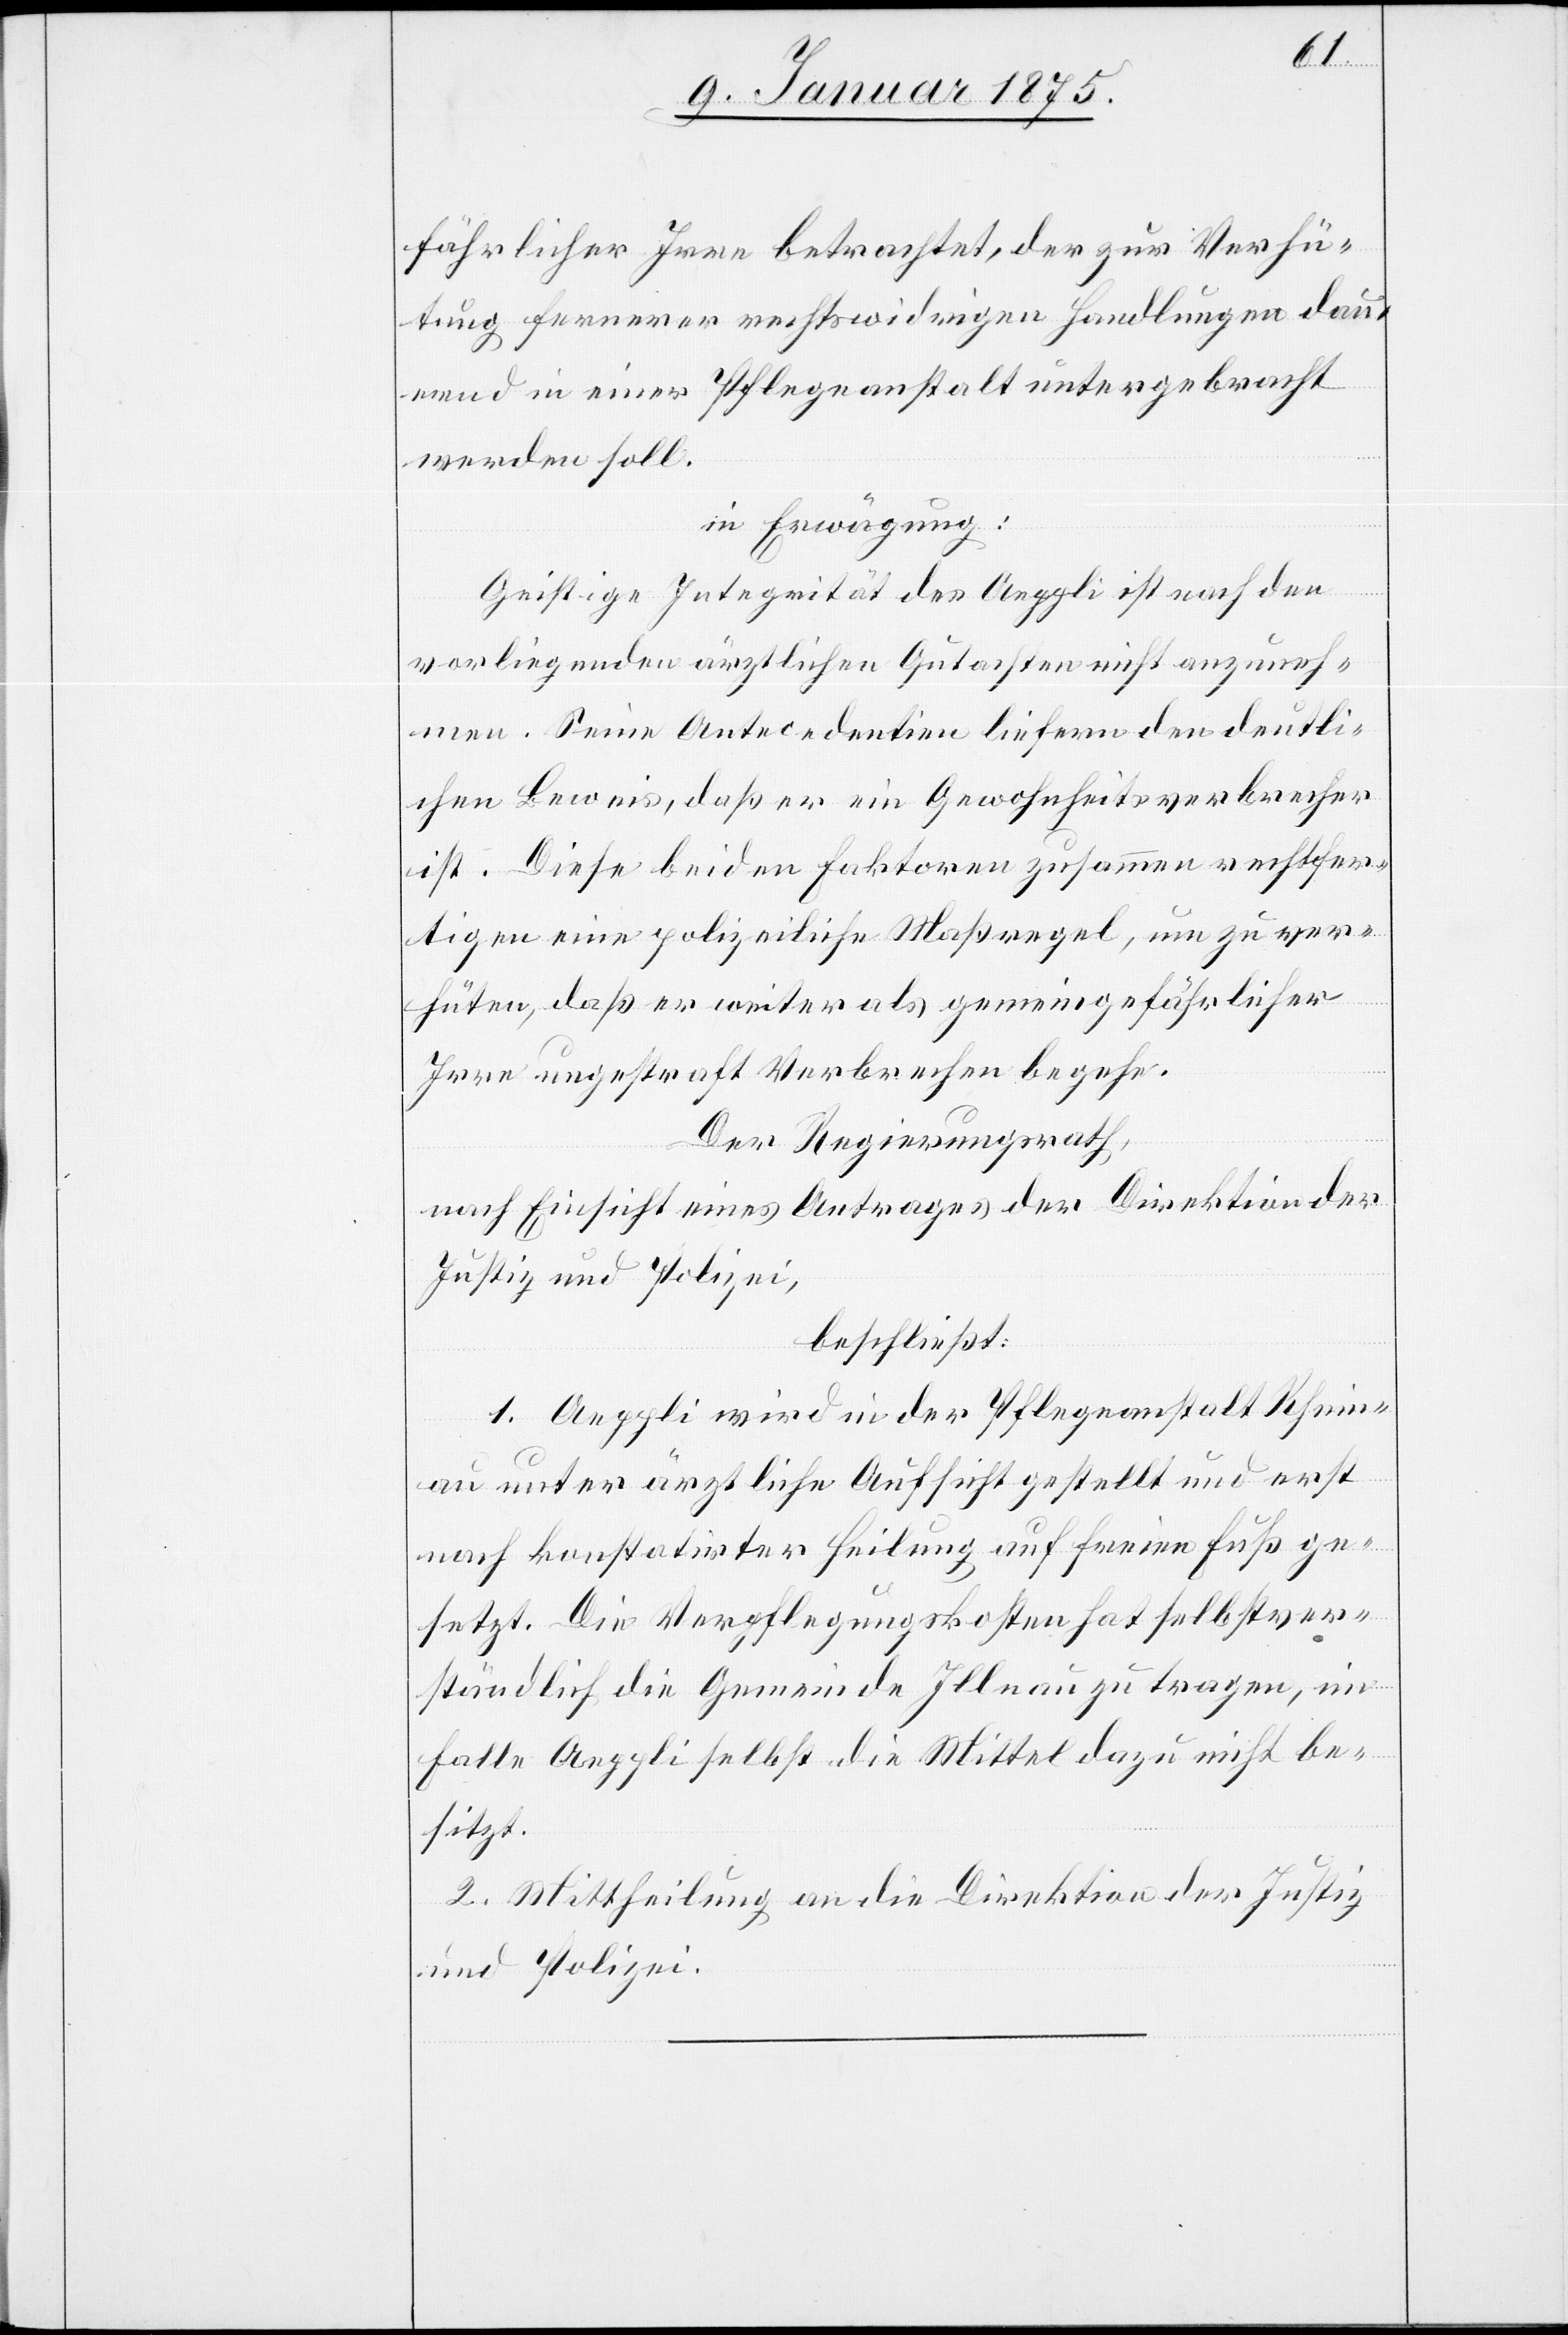
fährlicher Irre betrachtet, der zur Verhü¬
tung fernerer rechtswidrigen Handlungen dau¬
ernd in einer Pflegeanstalt untergebracht
werden soll.
in Erwägung:
Geistige Integrität des Aeppli ist nach den
vorliegenden ärztlichen Gutachten nicht anzuneh¬
men. Seine Antecedentien liefern den deutli¬
chen Beweis, daß er ein Gewohnheitsverbrecher
ist. Diese beiden Faktoren zusammen rechtfer¬
tigen eine polizeiliche Maßregel, um zu ver¬
hüten, daß er weiter als gemeingefährlicher
Irre ungestraft Verbrechen begehe.
Der Regierungsrath,
nach Einsicht eines Antrages der Direktion der
Justiz und Polizei,
beschließt:
1. Aeppli wird in die Pflegeanstalt Rhein¬
au unter ärztliche Aufsicht gestellt und erst
nach konstatirter Heilung auf freien Fuß ge¬
setzt. Die Verpflegungskosten hat selbstver¬
ständlich die Gemeinde Illnau zu tragen, im
Falle Aeppli selbst die Mittel dazu nicht be¬
sitzt.
2. Mittheilung an die Direktion der Justiz
und Polizei.